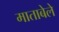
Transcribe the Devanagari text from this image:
माताबेले